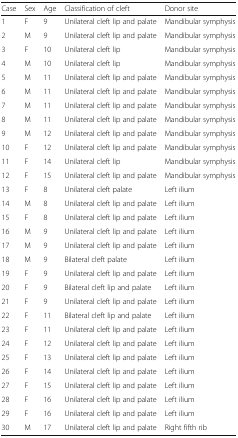
<table><thead><tr><td><b>Case</b></td><td><b>Sex</b></td><td><b>Age</b></td><td><b>Classification of cleft</b></td><td><b>Donor site</b></td></tr></thead><tbody><tr><td>1</td><td>F</td><td>9</td><td>Unilateral cleft lip and palate</td><td>Mandibular symphysis</td></tr><tr><td>2</td><td>M</td><td>9</td><td>Unilateral cleft lip and palate</td><td>Mandibular symphysis</td></tr><tr><td>3</td><td>F</td><td>10</td><td>Unilateral cleft lip</td><td>Mandibular symphysis</td></tr><tr><td>4</td><td>M</td><td>10</td><td>Unilateral cleft lip</td><td>Mandibular symphysis</td></tr><tr><td>5</td><td>M</td><td>11</td><td>Unilateral cleft lip and palate</td><td>Mandibular symphysis</td></tr><tr><td>6</td><td>M</td><td>11</td><td>Unilateral cleft lip and palate</td><td>Mandibular symphysis</td></tr><tr><td>7</td><td>M</td><td>11</td><td>Unilateral cleft lip and palate</td><td>Mandibular symphysis</td></tr><tr><td>8</td><td>M</td><td>11</td><td>Unilateral cleft lip and palate</td><td>Mandibular symphysis</td></tr><tr><td>9</td><td>M</td><td>12</td><td>Unilateral cleft lip and palate</td><td>Mandibular symphysis</td></tr><tr><td>10</td><td>F</td><td>12</td><td>Unilateral cleft lip and palate</td><td>Mandibular symphysis</td></tr><tr><td>11</td><td>F</td><td>14</td><td>Unilateral cleft lip</td><td>Mandibular symphysis</td></tr><tr><td>12</td><td>F</td><td>15</td><td>Unilateral cleft lip and palate</td><td>Mandibular symphysis</td></tr><tr><td>13</td><td>F</td><td>8</td><td>Unilateral cleft palate</td><td>Left ilium</td></tr><tr><td>14</td><td>M</td><td>8</td><td>Unilateral cleft lip and palate</td><td>Left ilium</td></tr><tr><td>15</td><td>F</td><td>8</td><td>Unilateral cleft lip and palate</td><td>Left ilium</td></tr><tr><td>16</td><td>M</td><td>9</td><td>Unilateral cleft lip and palate</td><td>Left ilium</td></tr><tr><td>17</td><td>M</td><td>9</td><td>Unilateral cleft lip and palate</td><td>Left ilium</td></tr><tr><td>18</td><td>M</td><td>9</td><td>Bilateral cleft palate</td><td>Left ilium</td></tr><tr><td>19</td><td>F</td><td>9</td><td>Unilateral cleft lip and palate</td><td>Left ilium</td></tr><tr><td>20</td><td>F</td><td>9</td><td>Bilateral cleft lip and palate</td><td>Left ilium</td></tr><tr><td>21</td><td>F</td><td>9</td><td>Unilateral cleft lip and palate</td><td>Left ilium</td></tr><tr><td>22</td><td>F</td><td>11</td><td>Bilateral cleft lip and palate</td><td>Left ilium</td></tr><tr><td>23</td><td>F</td><td>11</td><td>Unilateral cleft lip and palate</td><td>Left ilium</td></tr><tr><td>24</td><td>F</td><td>12</td><td>Unilateral cleft lip and palate</td><td>Left ilium</td></tr><tr><td>25</td><td>F</td><td>13</td><td>Unilateral cleft lip and palate</td><td>Left ilium</td></tr><tr><td>26</td><td>F</td><td>14</td><td>Unilateral cleft lip and palate</td><td>Left ilium</td></tr><tr><td>27</td><td>F</td><td>15</td><td>Unilateral cleft lip and palate</td><td>Left ilium</td></tr><tr><td>28</td><td>F</td><td>16</td><td>Unilateral cleft lip and palate</td><td>Left ilium</td></tr><tr><td>29</td><td>F</td><td>16</td><td>Unilateral cleft lip and palate</td><td>Left ilium</td></tr><tr><td>30</td><td>M</td><td>17</td><td>Unilateral cleft lip and palate</td><td>Right fifth rib</td></tr></tbody></table>